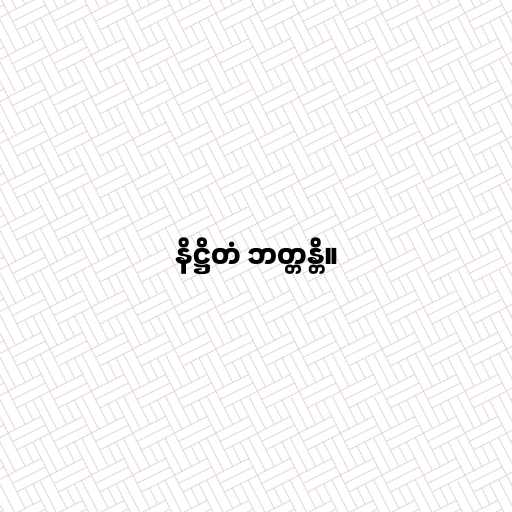
နိဋ္ဌိတံ ဘတ္တန္တိ။